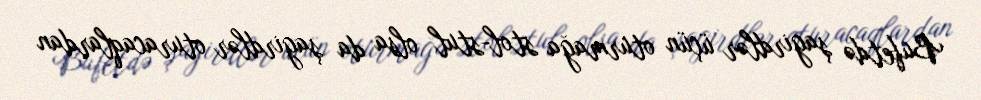
Bufetdə şagirdlər üçün oturmağa stol-stul olsa da şagirdlər oturacaqlardan